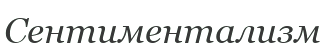
Сентиментализм